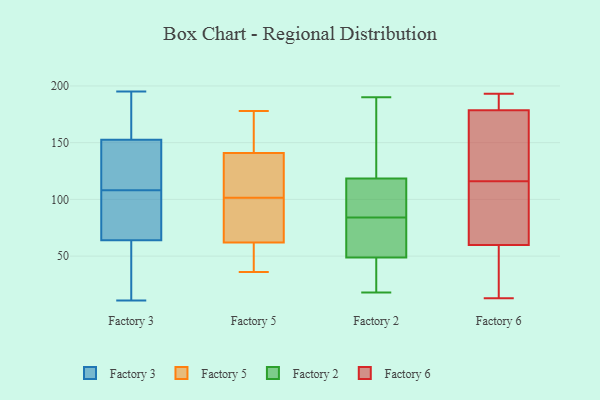
{"axis": {"x": "Backlog", "y": "Value"}, "legend": ["Factory 2", "Factory 3", "Factory 5", "Factory 6"], "data": [{"x": "", "y": 152, "type": "Factory 3"}, {"x": "", "y": 103, "type": "Factory 3"}, {"x": "", "y": 110, "type": "Factory 3"}, {"x": "", "y": 181, "type": "Factory 3"}, {"x": "", "y": 82, "type": "Factory 3"}, {"x": "", "y": 46, "type": "Factory 3"}, {"x": "", "y": 11, "type": "Factory 3"}, {"x": "", "y": 145, "type": "Factory 3"}, {"x": "", "y": 181, "type": "Factory 3"}, {"x": "", "y": 153, "type": "Factory 3"}, {"x": "", "y": 87, "type": "Factory 3"}, {"x": "", "y": 195, "type": "Factory 3"}, {"x": "", "y": 114, "type": "Factory 3"}, {"x": "", "y": 106, "type": "Factory 3"}, {"x": "", "y": 27, "type": "Factory 3"}, {"x": "", "y": 126, "type": "Factory 3"}, {"x": "", "y": 39, "type": "Factory 3"}, {"x": "", "y": 86, "type": "Factory 3"}, {"x": "", "y": 176, "type": "Factory 3"}, {"x": "", "y": 21, "type": "Factory 3"}, {"x": "", "y": 151, "type": "Factory 5"}, {"x": "", "y": 116, "type": "Factory 5"}, {"x": "", "y": 141, "type": "Factory 5"}, {"x": "", "y": 62, "type": "Factory 5"}, {"x": "", "y": 36, "type": "Factory 5"}, {"x": "", "y": 86, "type": "Factory 5"}, {"x": "", "y": 120, "type": "Factory 5"}, {"x": "", "y": 42, "type": "Factory 5"}, {"x": "", "y": 87, "type": "Factory 5"}, {"x": "", "y": 178, "type": "Factory 5"}, {"x": "", "y": 111, "type": "Factory 2"}, {"x": "", "y": 51, "type": "Factory 2"}, {"x": "", "y": 190, "type": "Factory 2"}, {"x": "", "y": 79, "type": "Factory 2"}, {"x": "", "y": 101, "type": "Factory 2"}, {"x": "", "y": 97, "type": "Factory 2"}, {"x": "", "y": 18, "type": "Factory 2"}, {"x": "", "y": 135, "type": "Factory 2"}, {"x": "", "y": 165, "type": "Factory 2"}, {"x": "", "y": 190, "type": "Factory 2"}, {"x": "", "y": 68, "type": "Factory 2"}, {"x": "", "y": 42, "type": "Factory 2"}, {"x": "", "y": 36, "type": "Factory 2"}, {"x": "", "y": 84, "type": "Factory 2"}, {"x": "", "y": 18, "type": "Factory 2"}, {"x": "", "y": 113, "type": "Factory 2"}, {"x": "", "y": 80, "type": "Factory 2"}, {"x": "", "y": 31, "type": "Factory 6"}, {"x": "", "y": 104, "type": "Factory 6"}, {"x": "", "y": 13, "type": "Factory 6"}, {"x": "", "y": 44, "type": "Factory 6"}, {"x": "", "y": 146, "type": "Factory 6"}, {"x": "", "y": 180, "type": "Factory 6"}, {"x": "", "y": 193, "type": "Factory 6"}, {"x": "", "y": 181, "type": "Factory 6"}, {"x": "", "y": 178, "type": "Factory 6"}, {"x": "", "y": 103, "type": "Factory 6"}, {"x": "", "y": 129, "type": "Factory 6"}, {"x": "", "y": 65, "type": "Factory 6"}, {"x": "", "y": 187, "type": "Factory 6"}, {"x": "", "y": 13, "type": "Factory 6"}, {"x": "", "y": 116, "type": "Factory 6"}, {"x": "", "y": 97, "type": "Factory 6"}, {"x": "", "y": 133, "type": "Factory 6"}]}